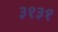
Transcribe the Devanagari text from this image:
३१३१